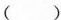
()A.60cm2 B.30cm2C.90cm2 D.120cm2